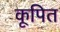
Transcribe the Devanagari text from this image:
कूपित